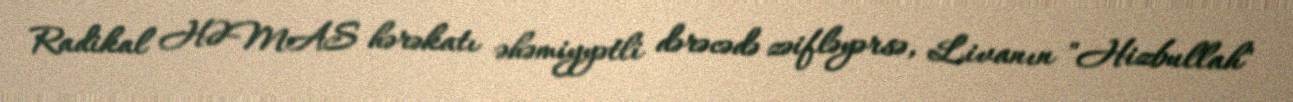
Radikal HƏMAS hərəkatı əhəmiyyətli dərəcədə zəifləyərsə, Livanın "Hizbullah"